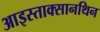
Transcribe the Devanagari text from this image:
आइस्ताक्सानथिन